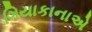
ગિયાકાનાએ